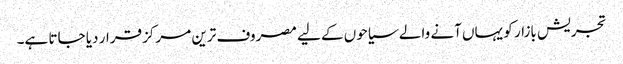
تجریش بازار کو یہاں آنے والے سیاحوں کے لیے مصروف ترین مرکز قرار دیا جاتا ہے۔